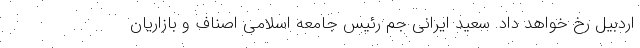
اردبیل رخ خواهد داد. سعید ایرانی جم رئیس جامعه اسلامی اصناف و بازاریان